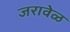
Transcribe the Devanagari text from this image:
जरावेळ